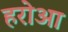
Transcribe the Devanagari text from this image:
हरोआ